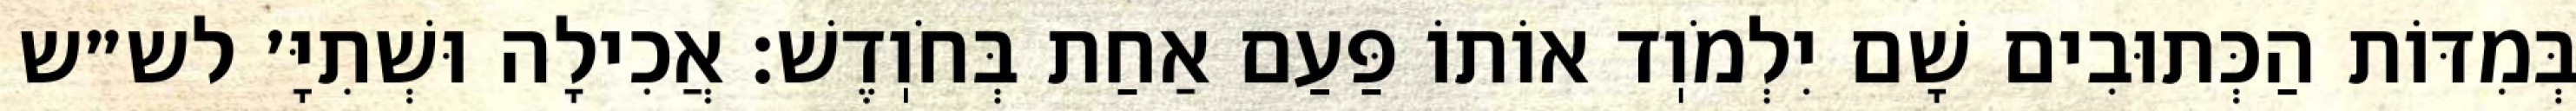
בְּמִדּוֹת הַכְּתוּבִים שָׁם יִלְמֹוֽד אוֹתוֹ פַּעַם אַחַת בְּחֹוֽדֶשׁ: אֲכִילָה וּשְׁתִיָּ׳ לש״ש